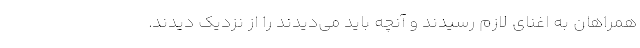
همراهان به اغنای لازم رسیدند و آنچه باید می‌دیدند را از نزدیک دیدند.